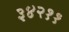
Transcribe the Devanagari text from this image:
३४२११